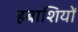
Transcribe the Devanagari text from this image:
हबाशियों